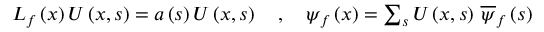
\begin{array} { r } { L _ { f } \left( x \right) U \left( x , s \right) = a \left( s \right) U \left( x , s \right) \quad , \quad \psi _ { f } \left( x \right) = \sum _ { s } U \left( x , s \right) \, \overline { { \psi } } _ { f } \left( s \right) } \end{array}